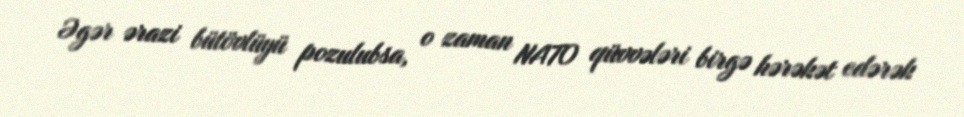
Əgər ərazi bütövlüyü pozulubsa, o zaman NATO qüvvələri birgə hərəkət edərək